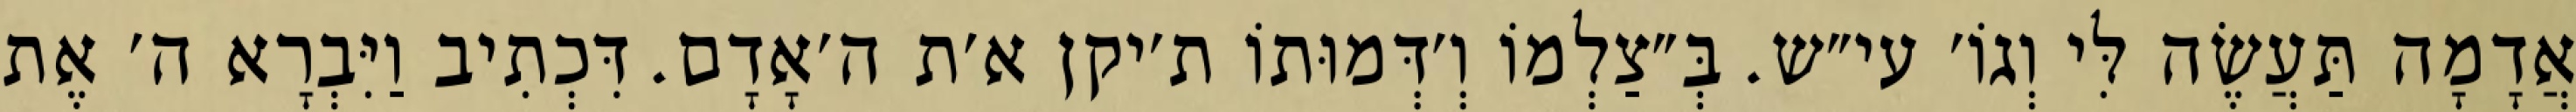
אֲדָמָה תַּעֲשֶׂה לִּי וְגוֹ׳ עי״ש. בְּ״צַלְמוֹ וְ׳דְּמוּתוֹ ת׳יקן א׳ת ה׳אָדָם. דִּכְתִיב וַיִּבְרָא ה׳ אֶת